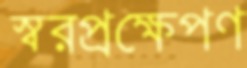
স্বরপ্রক্ষেপণ